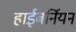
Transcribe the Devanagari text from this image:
हाईबर्नियन